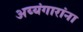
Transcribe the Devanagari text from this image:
अय्यंगारांना